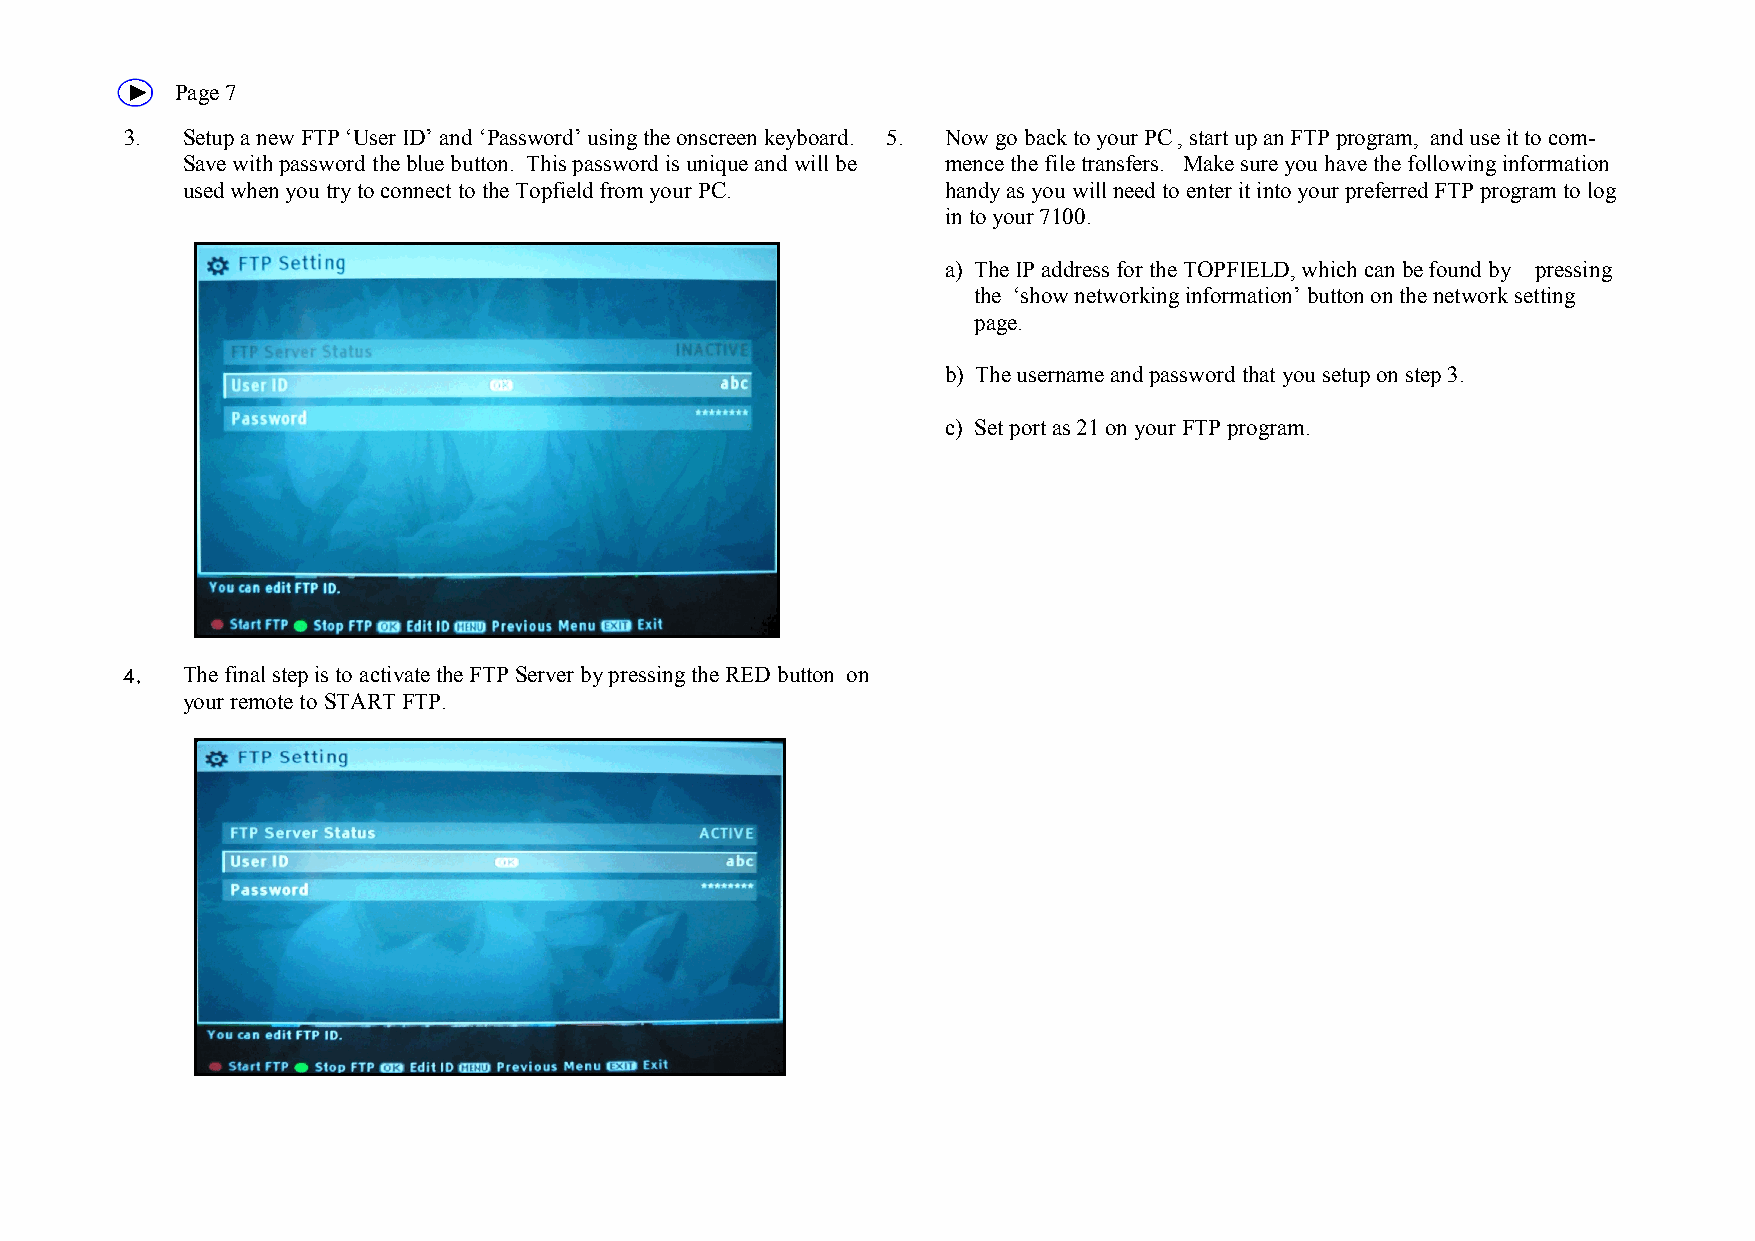
7   Page 7
 3.  Setup a new FTP ‘User ID’ and ‘Password’ using the onscreen keyboard. 5. Now go back to your PC , start up an FTP program, and use it to com-
 Save with password the blue button. This password is unique and will be mence the file transfers. Make sure you have the following information
 used when you try to connect to the Topfield from your PC. handy as you will need to enter it into your preferred FTP program to log
 in to your 7100.
 a) The IP address for the TOPFIELD, which can be found by pressing
 the ‘show networking information’ button on the network setting
 page.
 b) The username and password that you setup on step 3.
 c) Set port as 21 on your FTP program.
 The final step is to activate the FTP Server by pressing the RED button on
 your remote to START FTP.